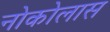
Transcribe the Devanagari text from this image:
नोकोलास